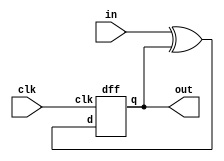
module top_module (
    input clk,
    input in, 
    output out);

    dff dff0(
        .d(in ^ out),
        .clk(clk),
        .q(out)
    );


endmodule


module dff(
    input d, clk,
    output reg q
);

    always@(clk)begin
        q <= d;
    end

endmodule